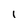
Character: l